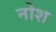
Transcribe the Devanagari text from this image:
नोश